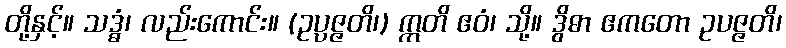
တို့နှင့်။ သဒ္ဓံ၊ လည်းကောင်း။ (ဥပ္ပဇ္ဇတိ၊) ဣတိ ဧဝံ၊ သို့။ ဒွိဓာ ဧကတော ဥပဇ္ဇတိ၊